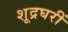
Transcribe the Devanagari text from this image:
शूद्रघरीं